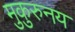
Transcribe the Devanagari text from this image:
मुकुरुनय